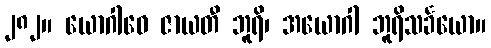
၂၈၂။ ယောဂါဝေ ဇာယတီ ဘူရိ၊ အယောဂါ ဘူရိသင်္ခယော။